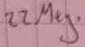
Text: 22Meg.